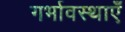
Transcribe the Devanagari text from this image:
गर्भावस्थाएँ